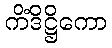
ကိံဒိဋ္ဌိကော